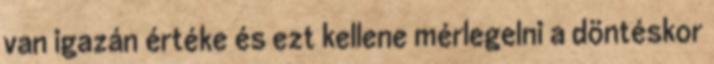
van igazán értéke és ezt kellene mérlegelni a döntéskor